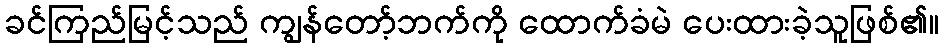
ခင်ကြည်မြင့်သည် ကျွန်တော့်ဘက်ကို ထောက်ခံမဲ ပေးထားခဲ့သူဖြစ်၏။